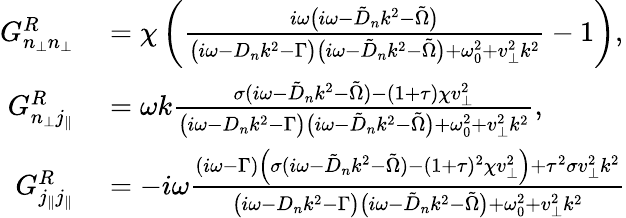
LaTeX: \begin{array}{rl}{G_{n_{\perp}n_{\perp}}^{R}}&{{}=\chi\left(\frac{i\omega\big(i\omega-\tilde{D}_{n}k^{2}-\tilde{\Omega}\big)}{\big(i\omega-D_{n}k^{2}-\Gamma\big)\big(i\omega-\tilde{D}_{n}k^{2}-\tilde{\Omega}\big)+\omega_{0}^{2}+v_{\perp}^{2}k^{2}}-1\right),}\\ {G_{n_{\perp}j_{\| }}^{R}}&{{}=\omega k\frac{\sigma(i\omega-\tilde{D}_{n}k^{2}-\tilde{\Omega})-(1+\tau)\chi v_{\perp}^{2}}{{\big(i\omega-D_{n}k^{2}-\Gamma\big)\big(i\omega-\tilde{D}_{n}k^{2}-\tilde{\Omega}\big)+\omega_{0}^{2}+v_{\perp}^{2}k^{2}}},}\\ {G_{j_{\| }j_{\| }}^{R}}&{{}=-i\omega\frac{(i\omega-\Gamma)\left(\sigma(i\omega-\tilde{D}_{n}k^{2}-\tilde{\Omega})-(1+\tau)^{2}\chi v_{\perp}^{2}\right)+\tau^{2}\sigma v_{\perp}^{2}k^{2}}{\big(i\omega-D_{n}k^{2}-\Gamma\big)\big(i\omega-\tilde{D}_{n}k^{2}-\tilde{\Omega}\big)+\omega_{0}^{2}+v_{\perp}^{2}k^{2}}}\end{array}